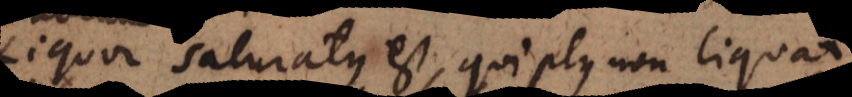
Liquor saturatus est, qui plus non liquat.